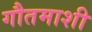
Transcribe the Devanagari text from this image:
गौतमाशी